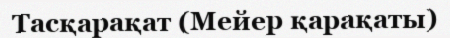
Тасқарақат (Мейер қарақаты)